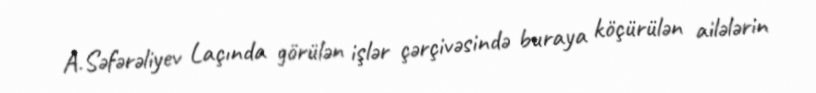
A.Səfərəliyev Laçında görülən işlər çərçivəsində buraya köçürülən ailələrin